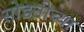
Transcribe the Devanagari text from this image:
सोडतीच्या